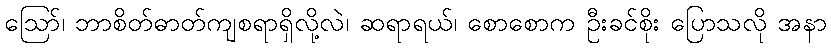
ဪ၊ ဘာစိတ်ဓာတ်ကျစရာရှိလို့လဲ၊ ဆရာရယ်၊ စောစောက ဦးခင်စိုး ပြောသလို အနာ